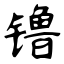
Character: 镥